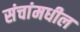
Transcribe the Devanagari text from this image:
संचांमधील